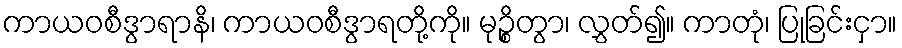
ကာယဝစီဒွာရာနိ၊ ကာယဝစီဒွာရတို့ကို။ မုဉ္စိတွာ၊ လွှတ်၍။ ကာတုံ၊ ပြုခြင်းငှာ။